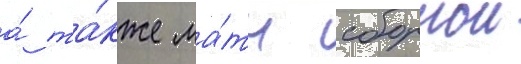
а́ та́кже ма́тч сборнои